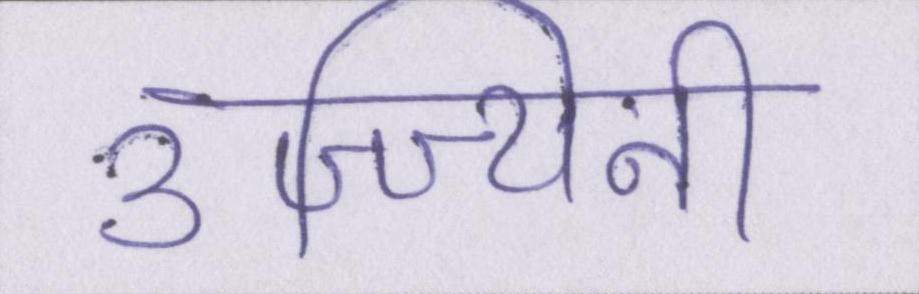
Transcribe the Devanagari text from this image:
उज्ज्यिनी